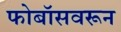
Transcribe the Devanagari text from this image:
फोबॉसवरून